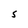
Character: S